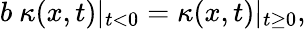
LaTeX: b~\kappa(x,t)\vert_{t<0}=\kappa(x,t)\vert_{t\geq 0},